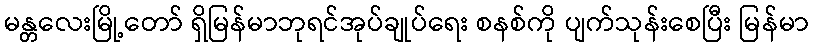
မန္တလေးမြို့တော် ရှိမြန်မာဘုရင်အုပ်ချုပ်ရေး စနစ်ကို ပျက်သုန်းစေပြီး မြန်မာ